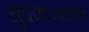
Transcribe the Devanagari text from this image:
सुप्रजाजनन